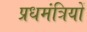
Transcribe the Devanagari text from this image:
प्रधमंत्रियों